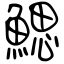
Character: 鰓